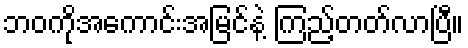
ဘဝကိုအကောင်းအမြင်နဲ့ ကြည့်တတ်လာပြီ။